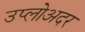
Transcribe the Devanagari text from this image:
उप्लोअदर